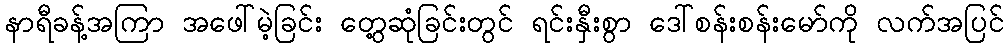
နာရီခန့်အကြာ အဖေါ်မဲ့ခြင်း တွေ့ဆုံခြင်းတွင် ရင်းနှီးစွာ ဒေါ်စန်းစန်းမော်ကို လက်အပြင်